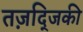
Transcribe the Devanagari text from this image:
तज़द्जिकी